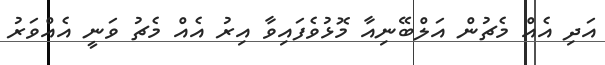
އަދި އެއް މެޗުން އަލްބޭނިއާ މޮޅުވެފައިވާ އިރު އެއް މެޗު ވަނީ އެއްވަރު